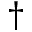
\dagger